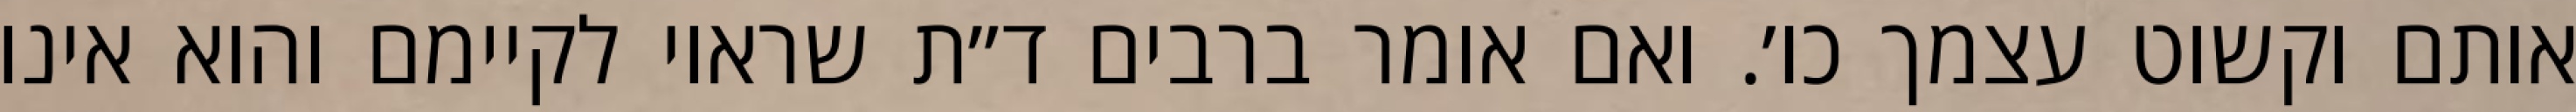
אותם וקשוט עצמך כו׳. ואם אומר ברבים ד״ת שראוי לקיימם והוא אינו